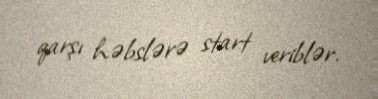
qarşı həbslərə start veriblər.